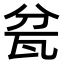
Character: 瓫